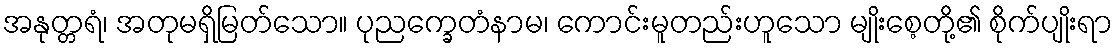
အနုတ္တရံ၊ အတုမရှိမြတ်သော။ ပုညက္ခေတံနာမ၊ ကောင်းမူတည်းဟူသော မျိုးစေ့တို့၏ စိုက်ပျိုးရာ